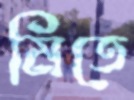
মিতে